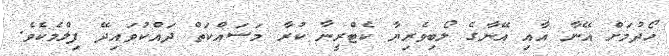
ހޯދުމަށް އޭނާ އާއި އޭނާގެ ލޯބިވެރިޔާ ކެޓްރީނާ ކުރާ މަސައްކަތް ދައްކުވައިދޭ ފިލްމެކެވެ.